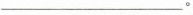
___。